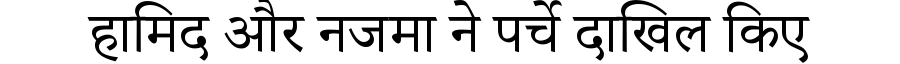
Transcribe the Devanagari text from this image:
हामिद और नजमा ने पर्चे दाखिल किए